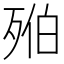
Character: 𣨔